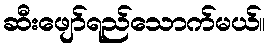
ဆီးဖျော်ရည်သောက်မယ်။